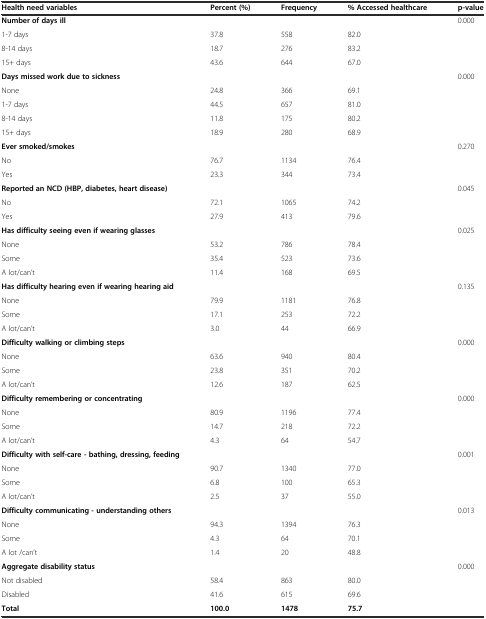
<table><thead><tr><td><b>Health need variables</b></td><td><b>Percent (%)</b></td><td><b>Frequency</b></td><td><b>% Accessed healthcare</b></td><td><b>p-value</b></td></tr></thead><tbody><tr><td><b>Number of days ill</b></td><td></td><td></td><td></td><td>0.000</td></tr><tr><td>1-7 days</td><td>37.8</td><td>558</td><td>82.0</td><td></td></tr><tr><td>8-14 days</td><td>18.7</td><td>276</td><td>83.2</td><td></td></tr><tr><td>15+ days</td><td>43.6</td><td>644</td><td>67.0</td><td></td></tr><tr><td><b>Days missed work due to sickness</b></td><td></td><td></td><td></td><td>0.000</td></tr><tr><td>None</td><td>24.8</td><td>366</td><td>69.1</td><td></td></tr><tr><td>1-7 days</td><td>44.5</td><td>657</td><td>81.0</td><td></td></tr><tr><td>8-14 days</td><td>11.8</td><td>175</td><td>80.2</td><td></td></tr><tr><td>15+ days</td><td>18.9</td><td>280</td><td>68.9</td><td></td></tr><tr><td><b>Ever smoked/smokes</b></td><td></td><td></td><td></td><td>0.270</td></tr><tr><td>No</td><td>76.7</td><td>1134</td><td>76.4</td><td></td></tr><tr><td>Yes</td><td>23.3</td><td>344</td><td>73.4</td><td></td></tr><tr><td><b>Reported an NCD (HBP, diabetes, heart disease)</b></td><td></td><td></td><td></td><td>0.045</td></tr><tr><td>No</td><td>72.1</td><td>1065</td><td>74.2</td><td></td></tr><tr><td>Yes</td><td>27.9</td><td>413</td><td>79.6</td><td></td></tr><tr><td><b>Has difficulty seeing even if wearing glasses</b></td><td></td><td></td><td></td><td>0.025</td></tr><tr><td>None</td><td>53.2</td><td>786</td><td>78.4</td><td></td></tr><tr><td>Some</td><td>35.4</td><td>523</td><td>73.6</td><td></td></tr><tr><td>A lot/can’t</td><td>11.4</td><td>168</td><td>69.5</td><td></td></tr><tr><td><b>Has difficulty hearing even if wearing hearing aid</b></td><td></td><td></td><td></td><td>0.135</td></tr><tr><td>None</td><td>79.9</td><td>1181</td><td>76.8</td><td></td></tr><tr><td>Some</td><td>17.1</td><td>253</td><td>72.2</td><td></td></tr><tr><td>A lot/can’t</td><td>3.0</td><td>44</td><td>66.9</td><td></td></tr><tr><td><b>Difficulty walking or climbing steps</b></td><td></td><td></td><td></td><td>0.000</td></tr><tr><td>None</td><td>63.6</td><td>940</td><td>80.4</td><td></td></tr><tr><td>Some</td><td>23.8</td><td>351</td><td>70.2</td><td></td></tr><tr><td>A lot/can’t</td><td>12.6</td><td>187</td><td>62.5</td><td></td></tr><tr><td><b>Difficulty remembering or concentrating</b></td><td></td><td></td><td></td><td>0.000</td></tr><tr><td>None</td><td>80.9</td><td>1196</td><td>77.4</td><td></td></tr><tr><td>Some</td><td>14.7</td><td>218</td><td>72.2</td><td></td></tr><tr><td>A lot/can’t</td><td>4.3</td><td>64</td><td>54.7</td><td></td></tr><tr><td><b>Difficulty with self-care - bathing, dressing, feeding</b></td><td></td><td></td><td></td><td>0.001</td></tr><tr><td>None</td><td>90.7</td><td>1340</td><td>77.0</td><td></td></tr><tr><td>Some</td><td>6.8</td><td>100</td><td>65.3</td><td></td></tr><tr><td>A lot/can’t</td><td>2.5</td><td>37</td><td>55.0</td><td></td></tr><tr><td><b>Difficulty communicating - understanding others</b></td><td></td><td></td><td></td><td>0.013</td></tr><tr><td>None</td><td>94.3</td><td>1394</td><td>76.3</td><td></td></tr><tr><td>Some</td><td>4.3</td><td>64</td><td>70.1</td><td></td></tr><tr><td>A lot /can’t</td><td>1.4</td><td>20</td><td>48.8</td><td></td></tr><tr><td><b>Aggregate disability status</b></td><td></td><td></td><td></td><td>0.000</td></tr><tr><td>Not disabled</td><td>58.4</td><td>863</td><td>80.0</td><td></td></tr><tr><td>Disabled</td><td>41.6</td><td>615</td><td>69.6</td><td></td></tr><tr><td><b>Total</b></td><td><b>100.0</b></td><td><b>1478</b></td><td><b>75.7</b></td><td></td></tr></tbody></table>